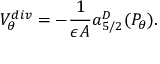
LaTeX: V _ { \theta } ^ { d i v } = - { \frac { 1 } { \epsilon { \cal A } } } a _ { 5 / 2 } ^ { D } ( P _ { \theta } ) .